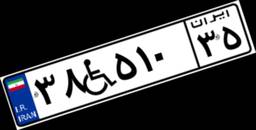
۳۸W۵۱۰۳۵